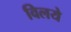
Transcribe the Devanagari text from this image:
विलये